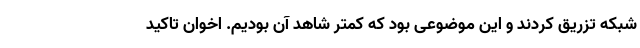
شبکه تزریق کردند و این موضوعی بود که کمتر شاهد آن بودیم. اخوان تاکید